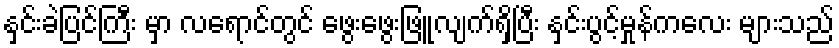
နှင်းခဲပြင်ကြီး မှာ လရောင်တွင် ဖွေးဖွေးဖြူလျက်ရှိပြီး နှင်းပွင့်မှုန်ကလေး များသည်